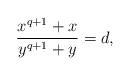
LaTeX: \begin{align*}\frac{x^{q+1} + x}{y^{q+1} + y} = d,\end{align*}